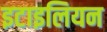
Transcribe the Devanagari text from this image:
इटाइलियन